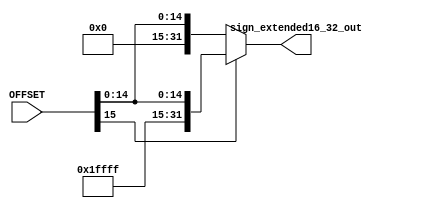
module sign_extended16_32_(
    input wire [15:0] OFFSET,
    output wire [31:0] sign_extended16_32_out
);

// replica o bit de sinal
assign sign_extended16_32_out = (OFFSET[15]) ? {{16{1'b1}}, OFFSET} : {{16{1'b0}}, OFFSET};

endmodule